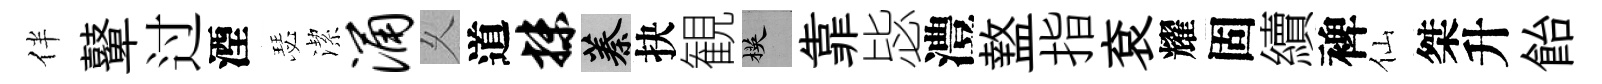
伴鼙过湮瑟潔涌乆道抹蓁抉観楧靠毖澧盩指袞耀固續裨仙桀升飴